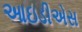
આઇડીએસ